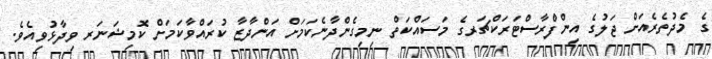
ގެ މެދުތެރެއަށް ޖަލުގެ އިންފްރާސްޓަރަކްޗަރގެ މަސައްކަތް ނިމިގެންދާނެކަމަށް އަންދާޒާ ކުރައްވާކަމަށް ކޮމިޝަނަރ ވިދާޅުވިއެވެ.